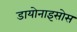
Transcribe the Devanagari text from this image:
डायोनाइसोस